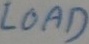
Text: LOAD